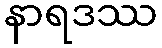
နာရဒဿ